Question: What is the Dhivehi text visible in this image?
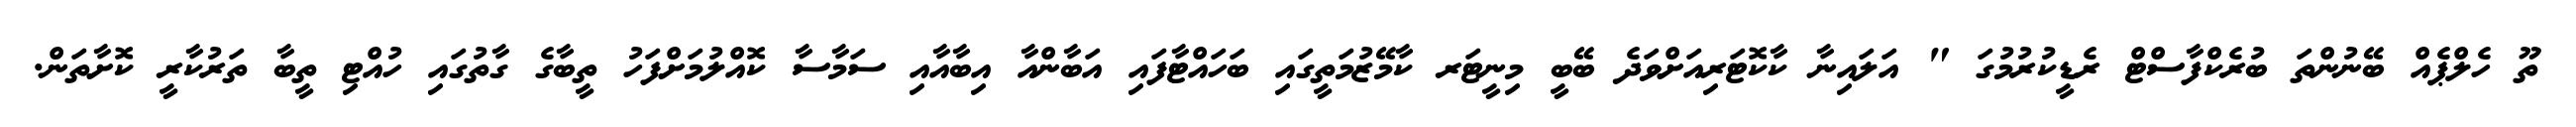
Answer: ތޫ ހެލްޕެއް ބޭނުންތަ ބުރެކްފާސްޓް ރެޑީކުރުމުގަ " އަލައިނާ ކާކޮޓަރިއަށްވަދެ ބޭބީ މިނީޓަރ ކާމޭޒުމަތީގައި ބަހައްޓާފައި އަބާންއާ އިބާއާއި ސަމާސާ ކޮއްލުމަށްފަހު ތީބާގެ ގާތުގައި ހުއްޓި ތީބާ ތަރުކާރީ ކޮށާތަން.